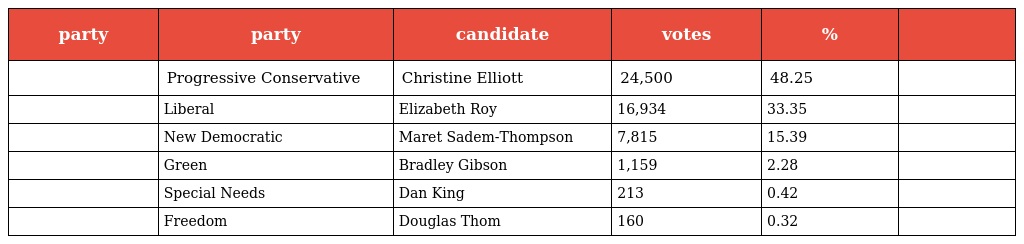
| party | party | candidate | votes | % |  |
 | --- | --- | --- | --- | --- | --- |
 |  | Progressive Conservative | Christine Elliott | 24,500 | 48.25 |  |
 |  | Liberal | Elizabeth Roy | 16,934 | 33.35 |  |
 |  | New Democratic | Maret Sadem-Thompson | 7,815 | 15.39 |  |
 |  | Green | Bradley Gibson | 1,159 | 2.28 |  |
 |  | Special Needs | Dan King | 213 | 0.42 |  |
 |  | Freedom | Douglas Thom | 160 | 0.32 |  |